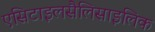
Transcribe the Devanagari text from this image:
एसिटाइलसैलिसाइलिक